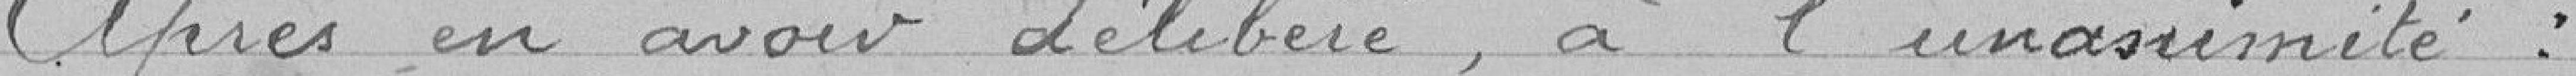
Après en avoir délibéré, à l'unanimité :